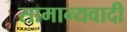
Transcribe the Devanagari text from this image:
सामान्यवादी